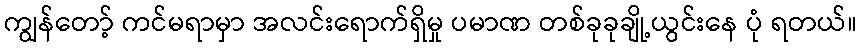
ကျွန်တော့် ကင်မရာမှာ အလင်းရောက်ရှိမှု ပမာဏ တစ်ခုခုချို့ယွင်းနေ ပုံ ရတယ်။